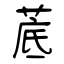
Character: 菧